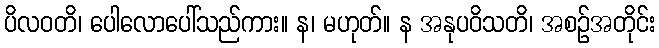
ပိလဝတိ၊ ပေါလောပေါ်သည်ကား။ န၊ မဟုတ်။ န အနုပဝိသတိ၊ အစဉ်အတိုင်း